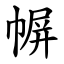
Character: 幈